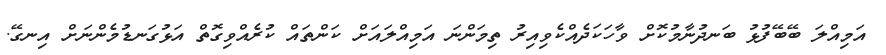
އަމިއްލަ ބޭބޭފުޅު ބަނދުނާމުކޮށް ވާހަކަދެއްކެވިއިރު ތިމަންނަ އަމިއްލައަށް ކަންތައް ކުރެއްވިގޮތް އަޅުގަނޑުމެންނަށް އިނގޭ.